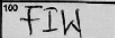
Transcription: FIW